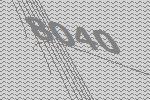
8040